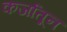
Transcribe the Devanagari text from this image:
कर्जातून